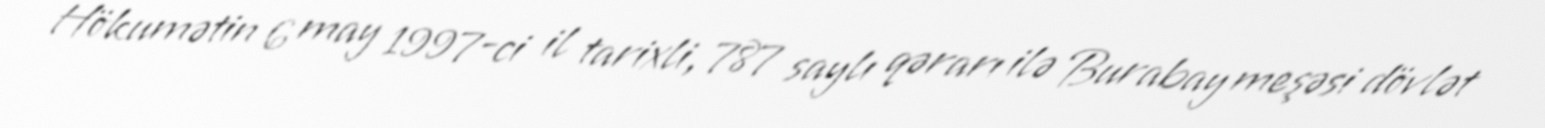
Hökumətin 6 may 1997-ci il tarixli, 787 saylı qərarı ilə Burabay meşəsi dövlət